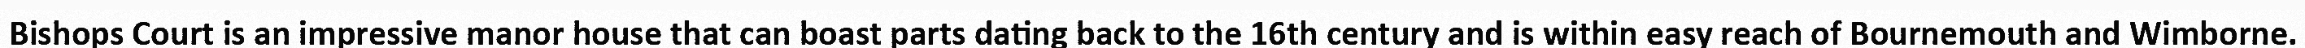
Bishops Court is an impressive manor house that can boast parts dating back to the 16th century and is within easy reach of Bournemouth and Wimborne.